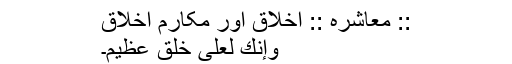
:: معاشره :: اخلاق اور مکارمِ اخلاق
وَإِنَّكَ لَعَلَى خُلُقٍ عَظِيمٍ۔